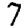
Digit: 7